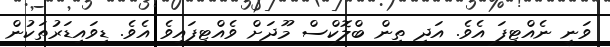
ވަނީ ނެއްޓިފަ އެވެ. އަދި ތިން ބްލޮކްސް މޫދަށް ވެއްޓިފައިވެ އެވެ. ޑިވައިޑަރުތަކުން